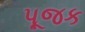
પૂજક